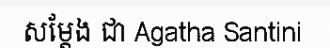
សម្តែង ជា Agatha Santini